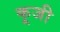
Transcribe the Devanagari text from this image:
कूजी